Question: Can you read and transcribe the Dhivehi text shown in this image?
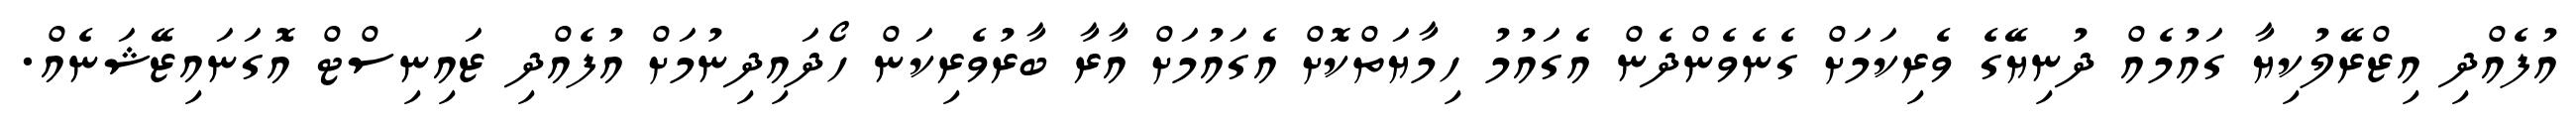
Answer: އުފެއްދި އިޒްރޭލުކިޔާ ގައުމެއް ދުނިޔޭގެ ވެރިކަމަށް ގެނެވެންދެން އެގައުމު ހިމާޔަތްކޮށް އެގައުމަށް އާރާ ބާރުވެރިކަން ހޯދައިދިނުމަށް އުފެއްދި ޒައިނިސްޓް އޮގަނައިޒޭޝަނެއް.